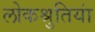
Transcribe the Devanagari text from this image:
लोकश्रुतियां